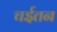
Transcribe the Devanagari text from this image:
चईतन